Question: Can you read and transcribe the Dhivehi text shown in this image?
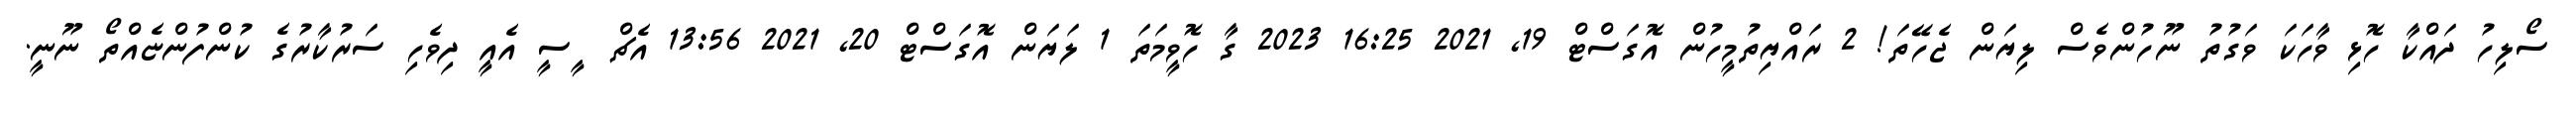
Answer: ސޯލިހު ދައްކާ ހޮޅި ވާހަކަ ވަގުތު ނޫހުންވެސް ލިޔަން ޖެހޭތަ! 2 ރައްޔިތުމީހުން އޮގަސްޓް 19, 2021 16:25 2023 ގާ ހޮވީމަތަ 1 ލަޔަން އޮގަސްޓް 20, 2021 13:56 އެޗް ޱީސީ އެއީ ދިވެހި ސަރުކާރުގެ ކުންފުންޏެއްތޯ ނޫނީ.